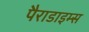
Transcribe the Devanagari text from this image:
पैराडाइम्स